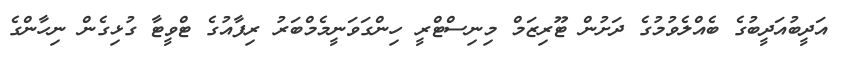
އަދީބުއަދީބުގެ ބެއްލެވުމުގެ ދަށުން ޓޫރިޒަމް މިނިސްޓްރީ ހިންގަވަނީމެމްބަރު ރިފާއުގެ ޓްވީޓާ ގުޅިގެން ނިހާންގެ